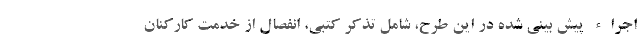
اجراء پیش بینی شده در این طرح، شامل تذكر كتبي، انفصال از خدمت كاركنان